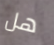
هل